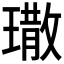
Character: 𤩀